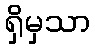
ရှိမှသာ